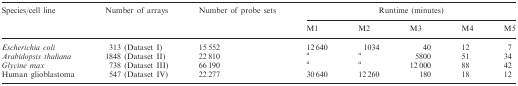
| <ROWSPAN=2> Species/cell line | <ROWSPAN=2> Number of arrays | <ROWSPAN=2> Number of probe sets | <COLSPAN=5> Runtime (minutes) |
 | M1 | M2 | M3 | M4 | M5 |
 | --- | --- | --- | --- | --- | --- | --- | --- |
 | Escherichia coli | 313 (Dataset I) | 15 552 | 12 640 | 1034 | 40 | 12 | 7 |
 | Arabidopsis thaliana | 1848 (Dataset II) | 22 810 | a | a | 5800 | 51 | 34 |
 | Glycine max | 738 (Dataset III) | 66 190 | a | a | 12 000 | 88 | 42 |
 | Human glioblastoma | 547 (Dataset IV) | 22 277 | 30 640 | 12 260 | 180 | 18 | 12 |